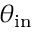
\theta _ { \mathrm { i n } }